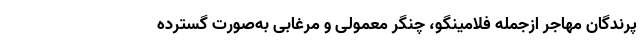
پرندگان مهاجر ازجمله فلامینگو، چنگر معمولی و مرغابی به‌صورت گسترده